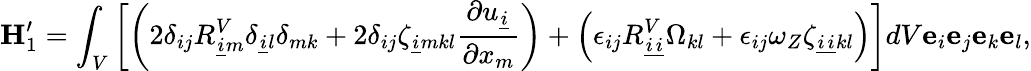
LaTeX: \mathbf{H}_{1}^{\prime}=\int_{V}\left[\left(2\delta_{ij}R_{\underline{{i}}m}^{V}\delta_{\underline{{i}}l}\delta_{mk}+2\delta_{ij}\zeta_{\underline{{i}}mkl}\frac{\partial u_{\underline{{i}}}}{\partial x_{m}}\right)+\left(\epsilon_{ij}R_{\underline{{i}}\underline{{i}}}^{V}\Omega_{kl}+\epsilon_{ij}\omega_{Z}\zeta_{\underline{{i}}\underline{{i}}kl}\right)\right]dV\mathbf{e}_{i}\mathbf{e}_{j}\mathbf{e}_{k}\mathbf{e}_{l},